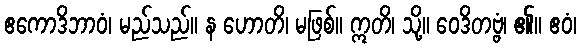
ဧကောဒိဘာဝံ၊ မည်သည်။ န ဟောတိ၊ မဖြစ်။ ဣတိ၊ သို့။ ဝေဒိတဗ္ဗံ၊ ၏။ ဧဝံ၊